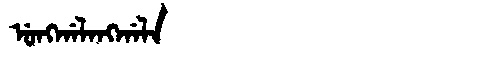
Manchu: ᡠᠩᡤᠠᠯᠠᠩᡤᠠᠯᠠ
Romanization: UNGGALANGGALA